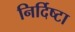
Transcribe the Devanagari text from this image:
निर्दिष्टा